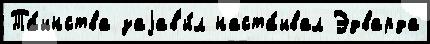
Та́инства заjав'и́л наста́ивал Эдварда